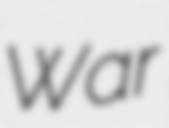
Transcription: War